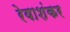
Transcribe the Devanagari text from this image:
रेवाशंकर